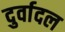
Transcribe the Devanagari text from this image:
दुर्वादल